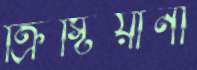
ক্রিস্টিয়ানা